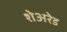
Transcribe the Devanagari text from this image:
शेअरेड